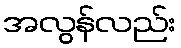
အလွန်လည်း